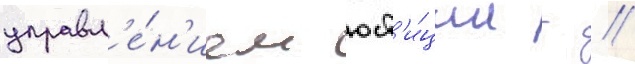
управл'е́н'ием юст'и́ции г //